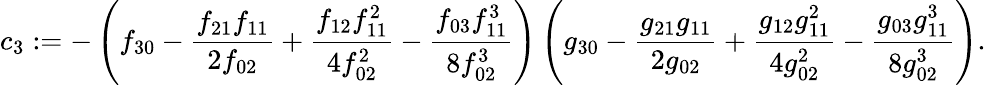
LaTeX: c_{3}:=-\left(f_{30}-\frac{f_{21}f_{11}}{2f_{02}}+\frac{f_{12}f_{11}^{2}}{4f_{02}^{2}}-\frac{f_{03}f_{11}^{3}}{8f_{02}^{3}}\right)\left(g_{30}-\frac{g_{21}g_{11}}{2g_{02}}+\frac{g_{12}g_{11}^{2}}{4g_{02}^{2}}-\frac{g_{03}g_{11}^{3}}{8g_{02}^{3}}\right).